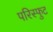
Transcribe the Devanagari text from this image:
परिस्फुट